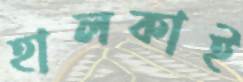
হালকাই